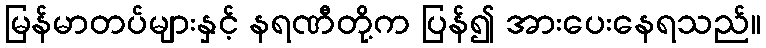
မြန်မာတပ်များနှင့် နရဏီတို့က ပြန်၍ အားပေးနေရသည်။